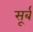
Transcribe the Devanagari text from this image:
सूर्ब